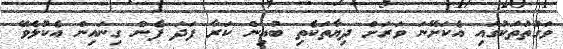
ވަގުތުތަކުގައި އެކަށޭނަ ވަރަށް ދިޔާތަކެތި ބުއިން ކަރާ ފަދަ ފެން ގިނައިން އެކުލެވޭ